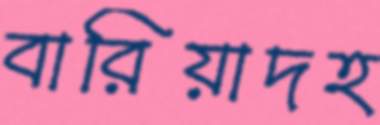
বারিয়াদহ